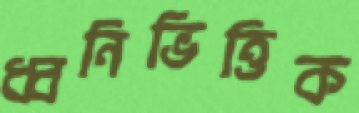
ধ্বনিভিত্তিক